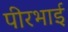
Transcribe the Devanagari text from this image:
पीरभाई